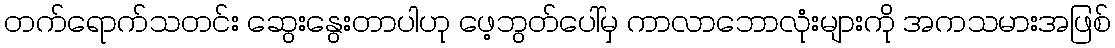
တက်ရောက်သတင်း ဆွေးနွေးတာပါဟု ဖေ့ဘွတ်ပေါ်မှ ကာလာဘောလုံးများကို အကသမားအဖြစ်